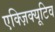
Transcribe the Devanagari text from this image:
एक्ज़िक्यूटिव